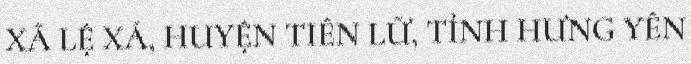
XÃ LỆ XÁ, HUYỆN TIÊN LỮ, TỈNH HƯNG YÊN